Civil Veterinary Department. Madras. Admin. report 1910-25 - 1910-1925
Year: 1910
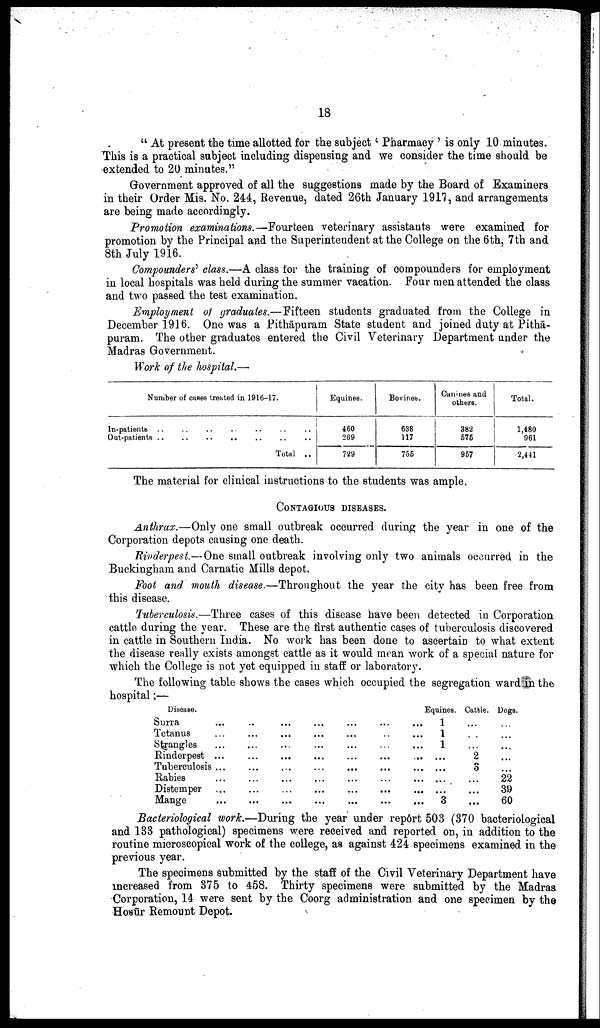
18
" At present the time allotted for the subject 'Pharmacy' is only 10 minutes.
This is a practical subject including dispensing and we consider the time should be
extended to 20 minutes."
Government approved of all the suggestions made by the Board of Examiners
in their Order Mis. No. 244, Revenue, dated 26th January 1917, and arrangements
are being made accordingly.
Promotion examinations.—Fourteen veterinary assistants were examined for
promotion by the Principal and the Superintendent at the College on the 6th, 7th and
8th July 1916.
Compounders' class.—A class for the training of compounders for employment
in local hospitals was held during the summer vacation. Four men attended the class
and two passed the test examination.
Employment of graduates.—Fifteen students graduated from the College in
December 1916. One was a Pithāpuram State student and joined duty at Pithā-
puram. The other graduates entered the Civil Veterinary Department under the
Madras Government.
Work of the hospital.—
Number of cases treated in 1916-17.
In-patients .. .. .. .. .. .. ..
Out-patients .. .. .. .. .. .. ..
Total ..
Equines.
460
269
729
Bovines.
688
117
756
Canines and
others.
882
676
967
Total.
1,480
961
2,441
The material for clinical instructions to the students was ample.
CONTAGIOUS DISEASES.
Anthrax.—Only one small outbreak occurred during the year in one of the
Corporation depots causing one death.
Rinderpest—One small outbreak involving only two animals occurred in the
Buckingham and Carnatic Mills depot.
Foot and mouth disease.—Throughout the year the city has been free from
this disease.
Tuberculosis.—Three cases of this disease have been detected in Corporation
cattle during the year. These are the first authentic cases of tuberculosis discovered
in cattle in Southern India. No work has been done to ascertain to what extent
the disease really exists amongst cattle as it would mean work of a special nature for
which the College is not yet equipped in staff or laboratory.
The following table shows the cases which occupied the segregation ward in the
hospital;—
Disease.
Surra
Tetanus
Strangles
Rinderpest
Tuberoulosis
Rabies
Distemper
Mange
...
...
...
...
...
...
...
...
..
...
...
...
...
...
...
...
...
...
...
...
...
...
...
...
...
...
...
...
...
...
...
...
...
...
...
...
...
...
...
...
...
...
...
...
...
...
...
...
...
...
...
...
...
...
...
...
Equines.
1
1
1
...
...
...
...
3
Cattle.
...
...
...
2
3
...
...
...
Dogs.
...
...
...
...
...
22
39
60
Bacteriological work.—During the year under rep6rt 503 (370 bacteriological
and 133 pathological) specimens were received and reported on, in addition to the
routine microscopical work of the college, as against 424 specimens examined in the
previous year.
The specimens submitted by the staff of the Civil Veterinary Department have
increased from 375 to 458. Thirty specimens were submitted by the Madras
Corporation, 14 were sent by the Coorg administration and one specimen by the
Hosūr Remount Depot.